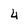
Character: 4